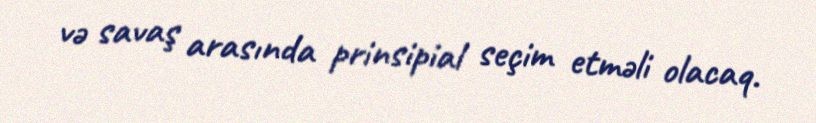
və savaş arasında prinsipial seçim etməli olacaq.